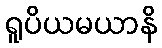
ရူပိယမယာနိ